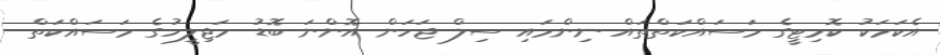
އެކަމަކު ކޮމިޓީގެ މަސައްކަތްތައް ނިންމައި ސިލް ޖަހަން އޮންނަ ބޮޑު މަޖިލީހުގެ މަސައްކަތް